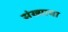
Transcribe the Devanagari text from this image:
संख्याचा